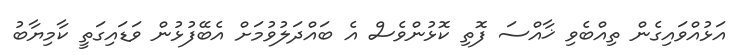
އަޅުއްވައިގެން ތިއްބެވި ޚާއްސަ ފޮތި ކޮޅުންވެސް އެ ބައްދަލުވުމަށް އެބޭފުޅުން ވަޑައިގަތީ ކާމިޔާބު